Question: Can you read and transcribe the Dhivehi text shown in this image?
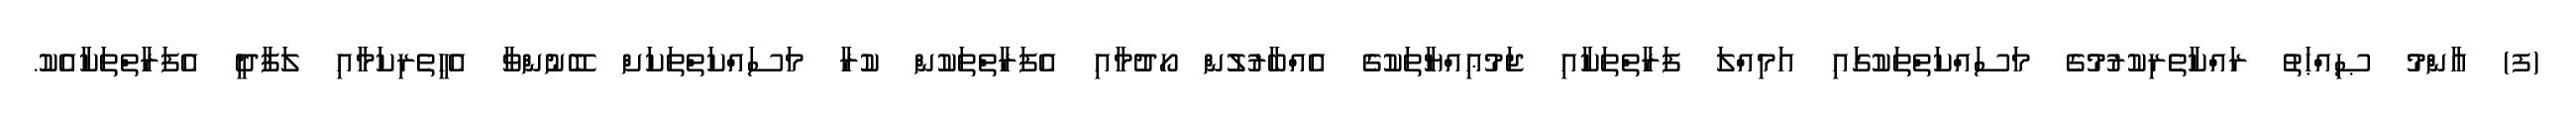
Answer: (ފ) އާންމު ޞިއްޙަތު ރައްކާތެރިކުރުމުގެ މަސައްކަތްތަކުގައި އަމިއްލަ ފަރާތްތަކާއި ޖަމުޢިއްޔާތަކުގެ އެއްބާރުލުން ހޯދުމާއި އެފަރާތްތަކުން ކުރާ މަސައްކަތްތަކަށް ބޭނުންވާ އެހީތެރިކަމާއި ލަފާދީ އެފަރާތްތަކާއެކު.